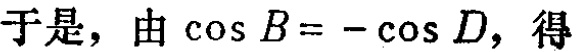
于是，由\(\cos B = -\cos D\)，得